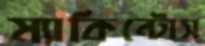
ম্যাকিন্টোস